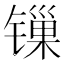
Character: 𬭲